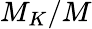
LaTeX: M_{K}/M